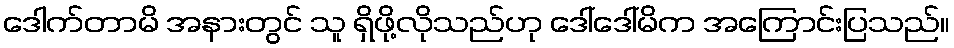
ဒေါက်တာမိ အနားတွင် သူ ရှိဖို့လိုသည်ဟု ဒေါ်ဒေါ်မိက အကြောင်းပြသည်။